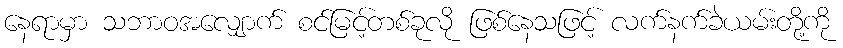
နေရာမှာ သဘာဝအလျှောက် စင်မြင့်တစ်ခုလို ဖြစ်နေသဖြင့် လက်နက်ခဲယမ်းတို့ကို